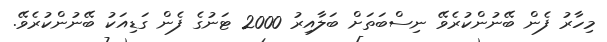
މިހާރު ފެން ބޭނުންކުރެވޭ ނިސްބަތަށް ބަލާއިރު 2000 ޓަނުގެ ފެން ގަޑިއަކު ބޭނުންކުރެވޭ.